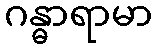
ဂန္ဓာရာမာ